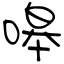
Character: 嗥